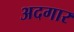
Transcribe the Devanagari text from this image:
अदगार